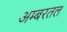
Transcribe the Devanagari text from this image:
अम्बरतल